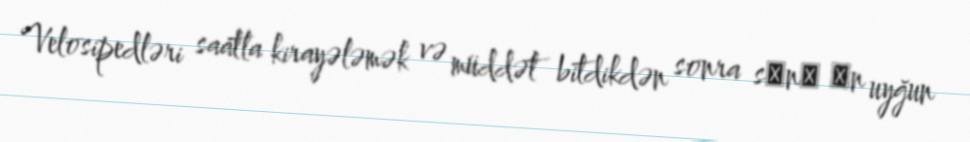
Velosipedləri saatla kirayələmək və müddət bitdikdən sonra sәnә әn uyğun